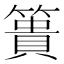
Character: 簣